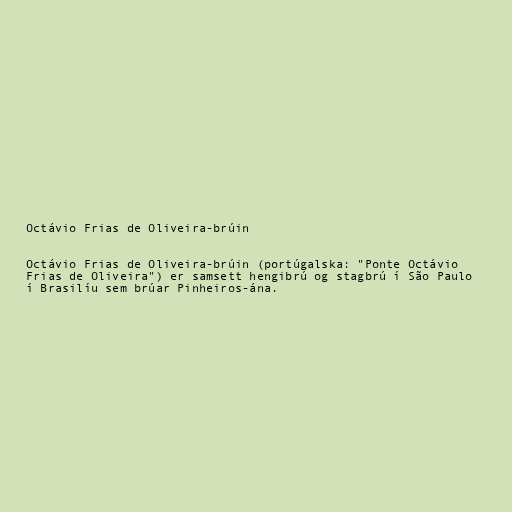
Octávio Frias de Oliveira-brúin

Octávio Frias de Oliveira-brúin (portúgalska: "Ponte Octávio
Frias de Oliveira") er samsett hengibrú og stagbrú í São Paulo
í Brasilíu sem brúar Pinheiros-ána.